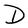
Character: D